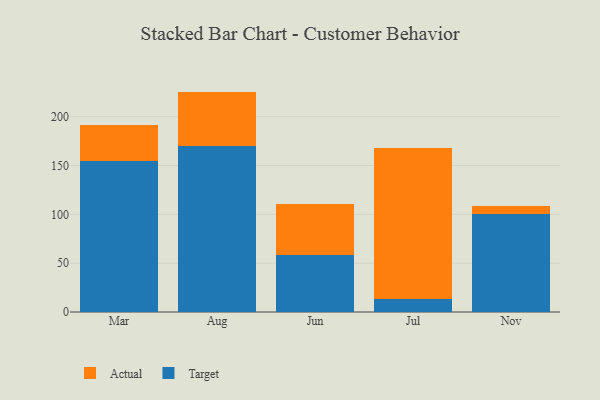
{"axis": {"x": "Month", "y": "Revenue (USD Million)"}, "legend": ["Actual", "Target"], "data": [{"x": "Mar", "y": 155.0, "type": "Target"}, {"x": "Mar", "y": 37.0, "type": "Actual"}, {"x": "Aug", "y": 170.0, "type": "Target"}, {"x": "Aug", "y": 55.7, "type": "Actual"}, {"x": "Jun", "y": 57.9, "type": "Target"}, {"x": "Jun", "y": 53.1, "type": "Actual"}, {"x": "Jul", "y": 13.8, "type": "Target"}, {"x": "Jul", "y": 154.1, "type": "Actual"}, {"x": "Nov", "y": 99.9, "type": "Target"}, {"x": "Nov", "y": 8.2, "type": "Actual"}]}